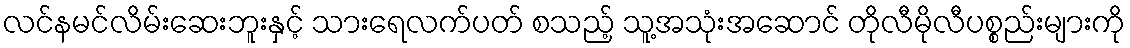
လင်နမင်လိမ်းဆေးဘူးနှင့် သားရေလက်ပတ် စသည့် သူ့အသုံးအဆောင် တိုလီမိုလီပစ္စည်းများကို